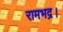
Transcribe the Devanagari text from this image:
रामभद्र।